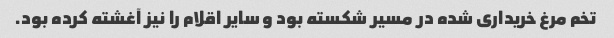
تخم مرغ خریداری شده در مسیر شکسته بود و سایر اقلام را نیز آغشته کرده بود.